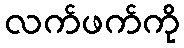
လက်ဖက်ကို